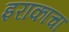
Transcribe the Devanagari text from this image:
इराकाचा